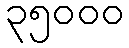
၃၅၀၀၀